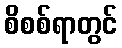
စိစစ်ရာတွင်